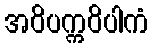
အဝိပက္ကဝိပါကံ